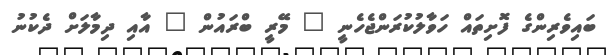
ބައިވެރިންގެ ފޮށިތައް ހަވާލުކުރަންޖެހެނީ " މޭރީ ބްރައުން " އާއި ދިމާލަށް ދެކުނު